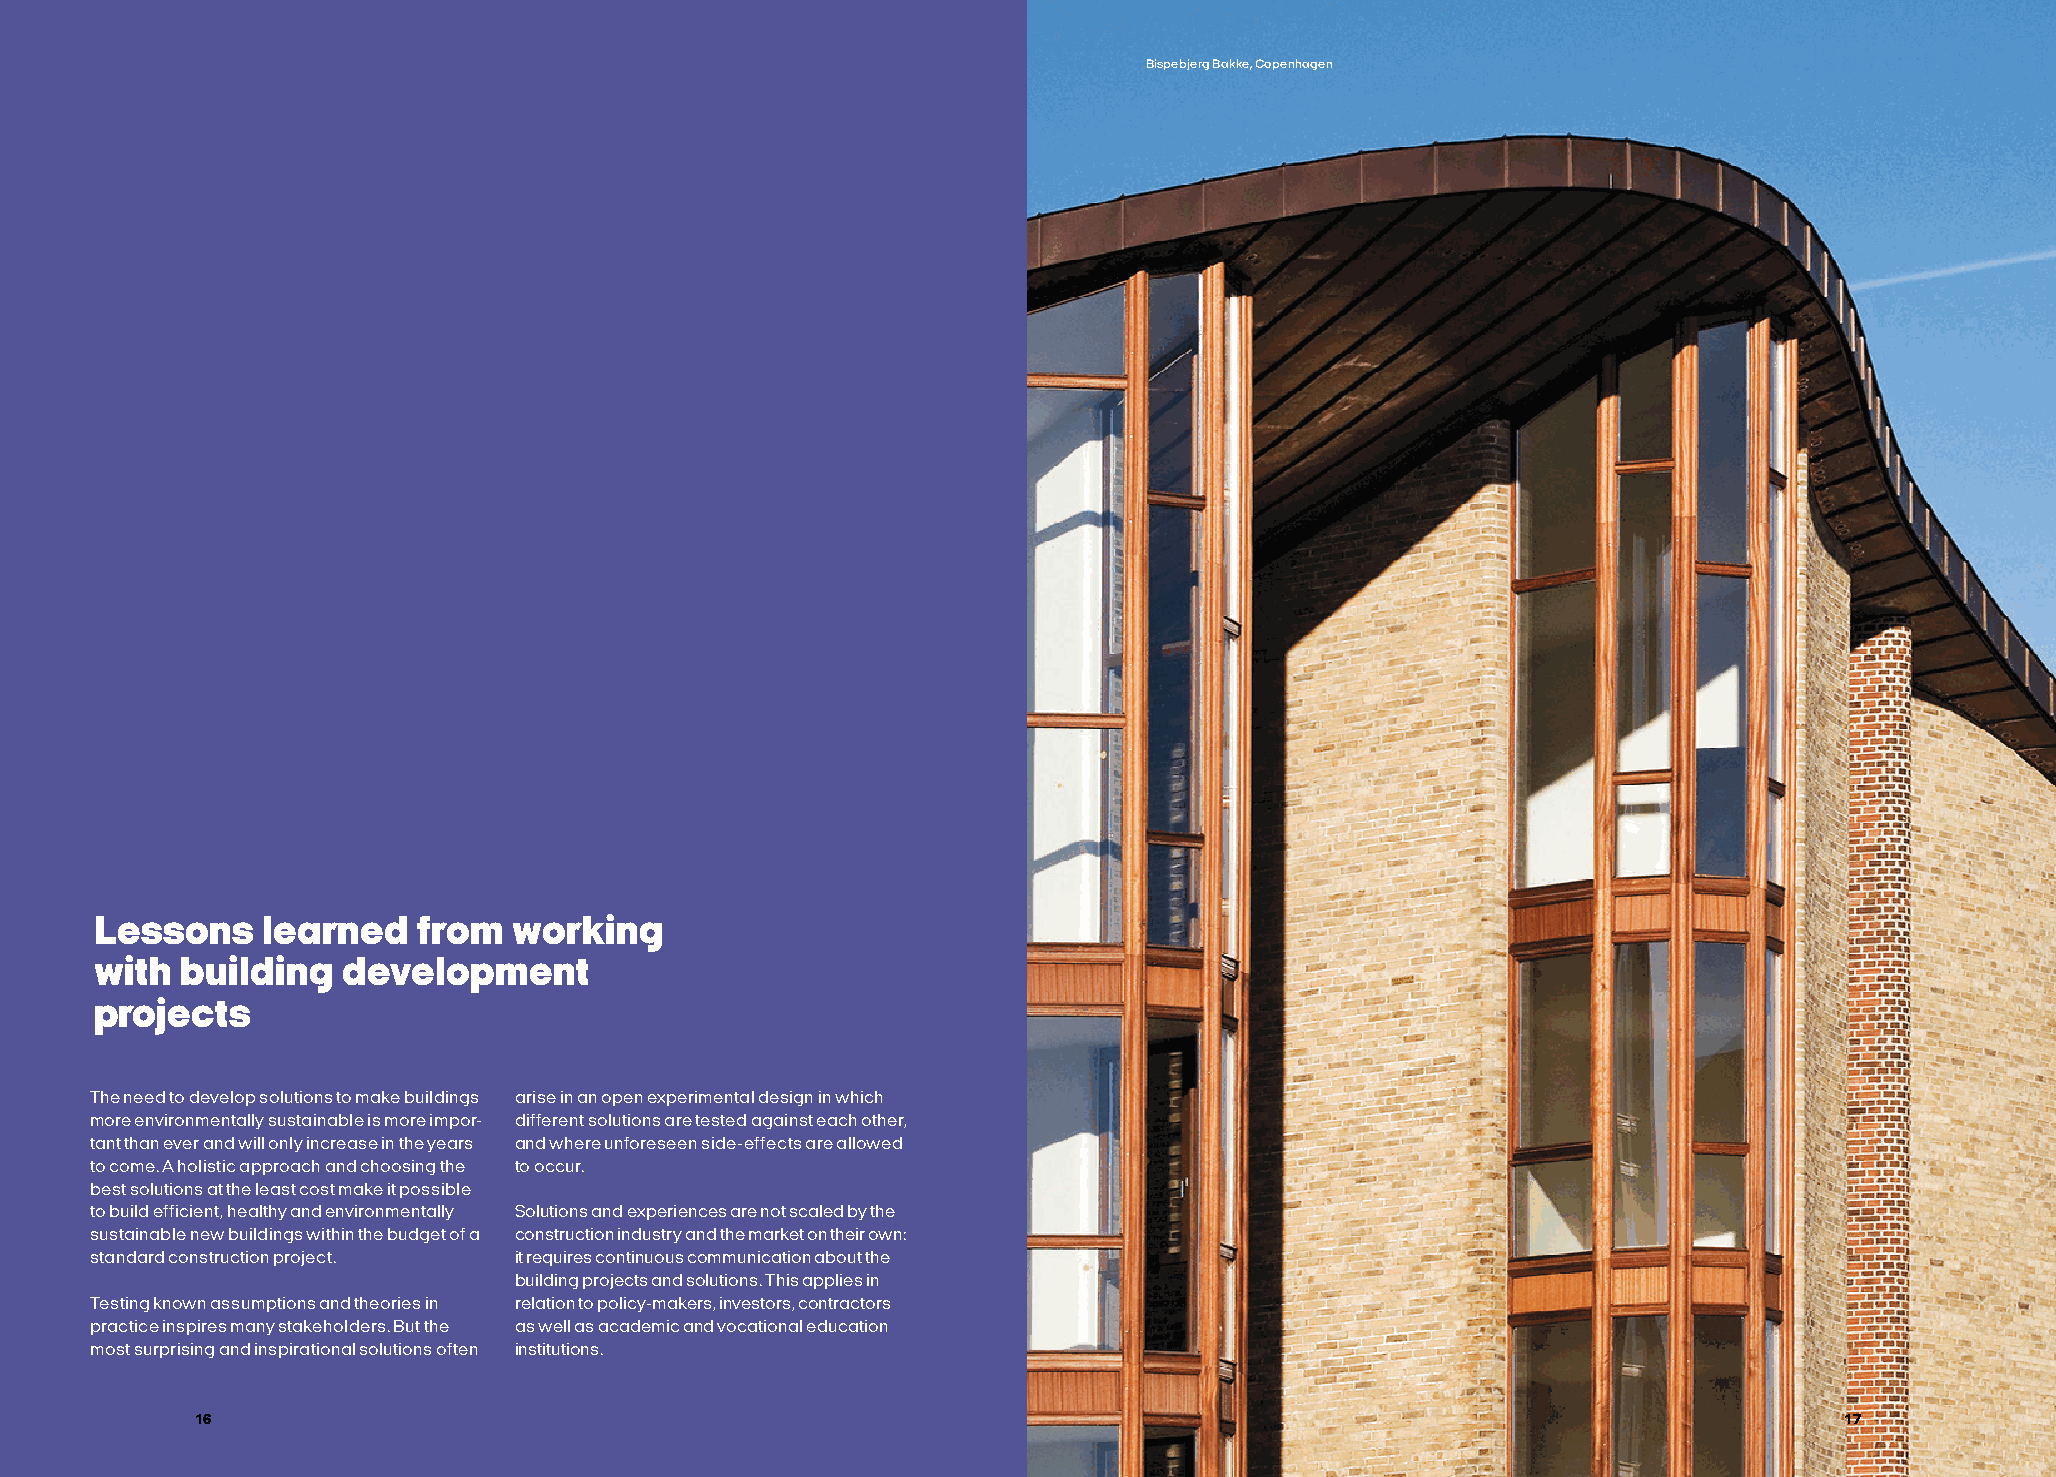
Bispebjerg Bakke, Copenhagen
 Lessons    learned    from  working
 with  building   development
 projects
 The need to develop solutions to make buildings arise in an open experimental design in which
 more environmentally sustainable is more impor- different solutions are tested against each other,
 tant than ever and will only increase in the years and where unforeseen side-effects are allowed
 to come. A holistic approach and choosing the to occur.
 best solutions at the least cost make it possible
 to build efficient, healthy and environmentally Solutions and experiences are not scaled by the
 sustainable new buildings within the budget of a construction industry and the market on their own:
 standard construction project. it requires continuous communication about the
 building projects and solutions. This applies in
 Testing known assumptions and theories in relation to policy-makers, investors, contractors
 practice inspires many stakeholders. But the as well as academic and vocational education
 most surprising and inspirational solutions often institutions.
 16                                                                                                           17